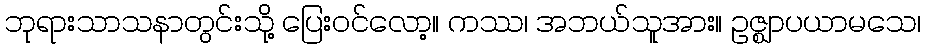
ဘုရားသာသနာတွင်းသို့ ပြေးဝင်လော့။ ကဿ၊ အဘယ်သူအား။ ဥဇ္ဈာပယာမသေ၊